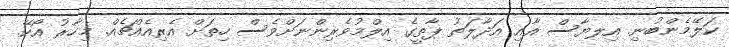
ކަލޭމެންބުނި. އިލޔާސް އާއި އަދާލަތު ޕާތީގެ އިލްމުވެރިންނަށްވެސް ހިތަށް އެރިއެއްޗެއް. މިހާރު އޯކޭ.